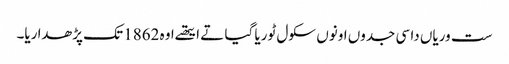
ست وریاں دا سی جدوں اونوں سکول ٹوریا گیا تے ایتھے اوہ 1862 تک پڑھدا ریا۔